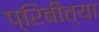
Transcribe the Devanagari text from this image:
प्रिबीत्या